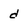
Character: d